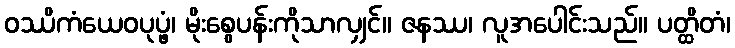
ဝဿိကံယေဝပုပ္ဖံ၊ မိုးစွေပန်းကိုသာလျှင်။ ဇနဿ၊ လူအပေါင်းသည်။ ပတ္ထိတံ၊